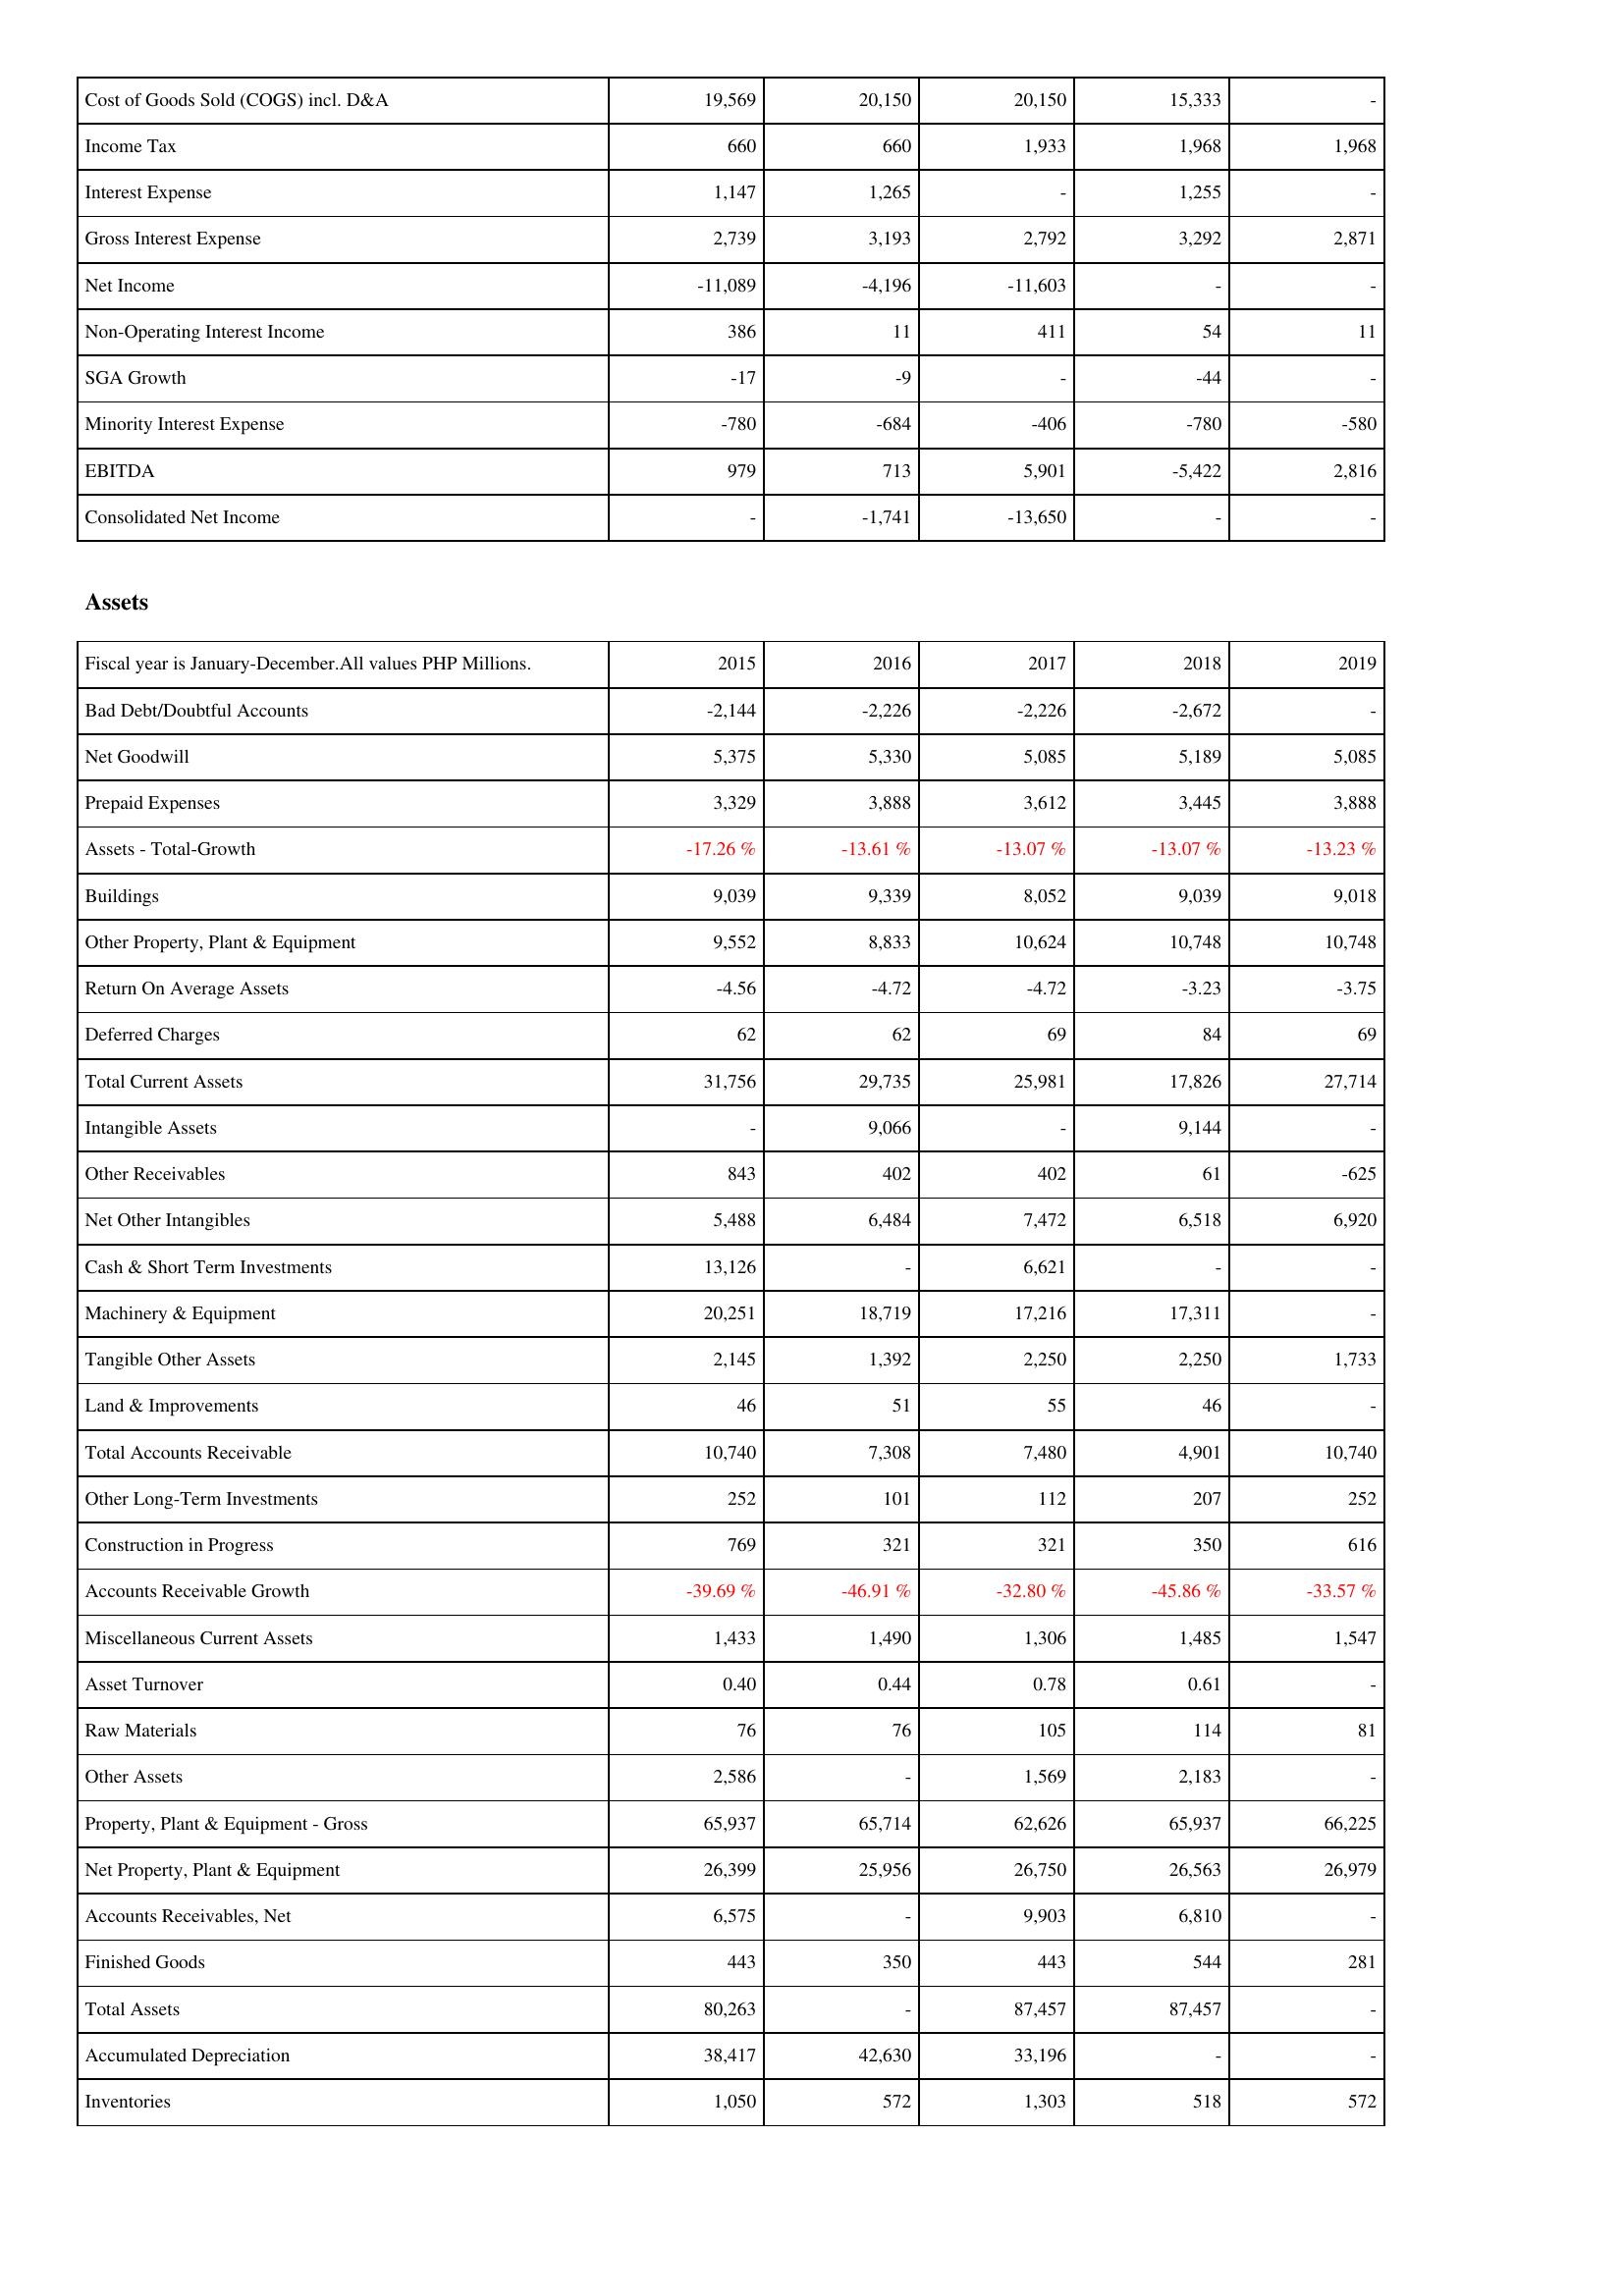
2015: Income Statement: Cost of Goods Sold (COGS) incl. D&A: 19,569
Income Tax: 660
Interest Expense: 1,147
Gross Interest Expense: 2,739
Net Income: -11,089
Non-Operating Interest Income: 386
SGA Growth: -17
Minority Interest Expense: -780
EBITDA: 979
Consolidated Net Income: -
Assets: Bad Debt/Doubtful Accounts: -2,144
Net Goodwill: 5,375
Prepaid Expenses: 3,329
Assets - Total-Growth: -17.26 %
Buildings: 9,039
Other Property, Plant & Equipment: 9,552
Return On Average Assets: -4.56
Deferred Charges: 62
Total Current Assets: 31,756
Intangible Assets: -
Other Receivables: 843
Net Other Intangibles: 5,488
Cash & Short Term Investments: 13,126
Machinery & Equipment: 20,251
Tangible Other Assets: 2,145
Land & Improvements: 46
Total Accounts Receivable: 10,740
Other Long-Term Investments: 252
Construction in Progress: 769
Accounts Receivable Growth: -39.69 %
Miscellaneous Current Assets: 1,433
Asset Turnover: 0.40
Raw Materials: 76
Other Assets: 2,586
Property, Plant & Equipment - Gross: 65,937
Net Property, Plant & Equipment: 26,399
Accounts Receivables, Net: 6,575
Finished Goods: 443
Total Assets: 80,263
Accumulated Depreciation: 38,417
Inventories: 1,050
2016: Income Statement: Cost of Goods Sold (COGS) incl. D&A: 20,150
Income Tax: 660
Interest Expense: 1,265
Gross Interest Expense: 3,193
Net Income: -4,196
Non-Operating Interest Income: 11
SGA Growth: -9
Minority Interest Expense: -684
EBITDA: 713
Consolidated Net Income: -1,741
Assets: Bad Debt/Doubtful Accounts: -2,226
Net Goodwill: 5,330
Prepaid Expenses: 3,888
Assets - Total-Growth: -13.61 %
Buildings: 9,339
Other Property, Plant & Equipment: 8,833
Return On Average Assets: -4.72
Deferred Charges: 62
Total Current Assets: 29,735
Intangible Assets: 9,066
Other Receivables: 402
Net Other Intangibles: 6,484
Cash & Short Term Investments: -
Machinery & Equipment: 18,719
Tangible Other Assets: 1,392
Land & Improvements: 51
Total Accounts Receivable: 7,308
Other Long-Term Investments: 101
Construction in Progress: 321
Accounts Receivable Growth: -46.91 %
Miscellaneous Current Assets: 1,490
Asset Turnover: 0.44
Raw Materials: 76
Other Assets: -
Property, Plant & Equipment - Gross: 65,714
Net Property, Plant & Equipment: 25,956
Accounts Receivables, Net: -
Finished Goods: 350
Total Assets: -
Accumulated Depreciation: 42,630
Inventories: 572
2017: Income Statement: Cost of Goods Sold (COGS) incl. D&A: 20,150
Income Tax: 1,933
Interest Expense: -
Gross Interest Expense: 2,792
Net Income: -11,603
Non-Operating Interest Income: 411
SGA Growth: -
Minority Interest Expense: -406
EBITDA: 5,901
Consolidated Net Income: -13,650
Assets: Bad Debt/Doubtful Accounts: -2,226
Net Goodwill: 5,085
Prepaid Expenses: 3,612
Assets - Total-Growth: -13.07 %
Buildings: 8,052
Other Property, Plant & Equipment: 10,624
Return On Average Assets: -4.72
Deferred Charges: 69
Total Current Assets: 25,981
Intangible Assets: -
Other Receivables: 402
Net Other Intangibles: 7,472
Cash & Short Term Investments: 6,621
Machinery & Equipment: 17,216
Tangible Other Assets: 2,250
Land & Improvements: 55
Total Accounts Receivable: 7,480
Other Long-Term Investments: 112
Construction in Progress: 321
Accounts Receivable Growth: -32.80 %
Miscellaneous Current Assets: 1,306
Asset Turnover: 0.78
Raw Materials: 105
Other Assets: 1,569
Property, Plant & Equipment - Gross: 62,626
Net Property, Plant & Equipment: 26,750
Accounts Receivables, Net: 9,903
Finished Goods: 443
Total Assets: 87,457
Accumulated Depreciation: 33,196
Inventories: 1,303
2018: Income Statement: Cost of Goods Sold (COGS) incl. D&A: 15,333
Income Tax: 1,968
Interest Expense: 1,255
Gross Interest Expense: 3,292
Net Income: -
Non-Operating Interest Income: 54
SGA Growth: -44
Minority Interest Expense: -780
EBITDA: -5,422
Consolidated Net Income: -
Assets: Bad Debt/Doubtful Accounts: -2,672
Net Goodwill: 5,189
Prepaid Expenses: 3,445
Assets - Total-Growth: -13.07 %
Buildings: 9,039
Other Property, Plant & Equipment: 10,748
Return On Average Assets: -3.23
Deferred Charges: 84
Total Current Assets: 17,826
Intangible Assets: 9,144
Other Receivables: 61
Net Other Intangibles: 6,518
Cash & Short Term Investments: -
Machinery & Equipment: 17,311
Tangible Other Assets: 2,250
Land & Improvements: 46
Total Accounts Receivable: 4,901
Other Long-Term Investments: 207
Construction in Progress: 350
Accounts Receivable Growth: -45.86 %
Miscellaneous Current Assets: 1,485
Asset Turnover: 0.61
Raw Materials: 114
Other Assets: 2,183
Property, Plant & Equipment - Gross: 65,937
Net Property, Plant & Equipment: 26,563
Accounts Receivables, Net: 6,810
Finished Goods: 544
Total Assets: 87,457
Accumulated Depreciation: -
Inventories: 518
2019: Income Statement: Cost of Goods Sold (COGS) incl. D&A: -
Income Tax: 1,968
Interest Expense: -
Gross Interest Expense: 2,871
Net Income: -
Non-Operating Interest Income: 11
SGA Growth: -
Minority Interest Expense: -580
EBITDA: 2,816
Consolidated Net Income: -
Assets: Bad Debt/Doubtful Accounts: -
Net Goodwill: 5,085
Prepaid Expenses: 3,888
Assets - Total-Growth: -13.23 %
Buildings: 9,018
Other Property, Plant & Equipment: 10,748
Return On Average Assets: -3.75
Deferred Charges: 69
Total Current Assets: 27,714
Intangible Assets: -
Other Receivables: -625
Net Other Intangibles: 6,920
Cash & Short Term Investments: -
Machinery & Equipment: -
Tangible Other Assets: 1,733
Land & Improvements: -
Total Accounts Receivable: 10,740
Other Long-Term Investments: 252
Construction in Progress: 616
Accounts Receivable Growth: -33.57 %
Miscellaneous Current Assets: 1,547
Asset Turnover: -
Raw Materials: 81
Other Assets: -
Property, Plant & Equipment - Gross: 66,225
Net Property, Plant & Equipment: 26,979
Accounts Receivables, Net: -
Finished Goods: 281
Total Assets: -
Accumulated Depreciation: -
Inventories: 572